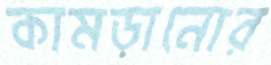
কামড়ানোর